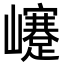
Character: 𡾰